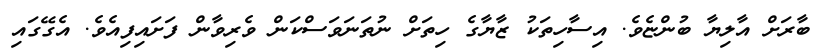
ބާރަށް އާލިޔާ ބުންޏެވެ. އިސާހިތަކު ޒާޔާގެ ހިތަށް ނުތަނަވަސްކަން ވެރިވާން ފަށައިފިއެވެ. އެގޭގައި